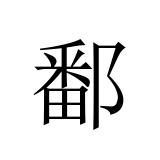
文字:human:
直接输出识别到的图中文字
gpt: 鄱